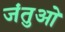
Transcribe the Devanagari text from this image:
जंतुओ